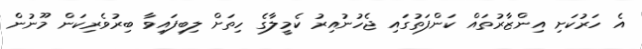
އެ ހަރުކަށި އިންޒާރުތައް ކަންފަތުގައި ޖެހުނުއިރު ކެމީލާގެ ހިތަށް ލިބިފައިވާ ބިރުވެރިކަން މޫނުން